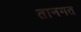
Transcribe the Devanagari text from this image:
तानगत